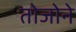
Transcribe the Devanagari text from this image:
तोजोने